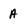
Character: A